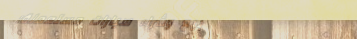
بيع وشراء سيارات مستعملة: